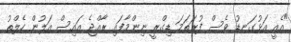
"އެއީ އަޅުގަނޑު ވެސް ފުރަތަމަ ޑިގްރީ ނިންމާފައި ރާއްޖެ އައިސް އަލުން ހެލްތު